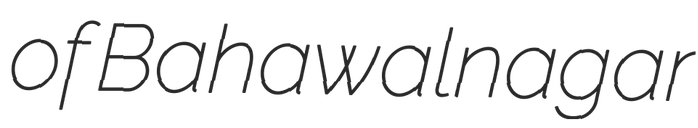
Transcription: of Bahawalnagar